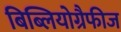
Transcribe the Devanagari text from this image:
बिब्लियोग्रैफीज